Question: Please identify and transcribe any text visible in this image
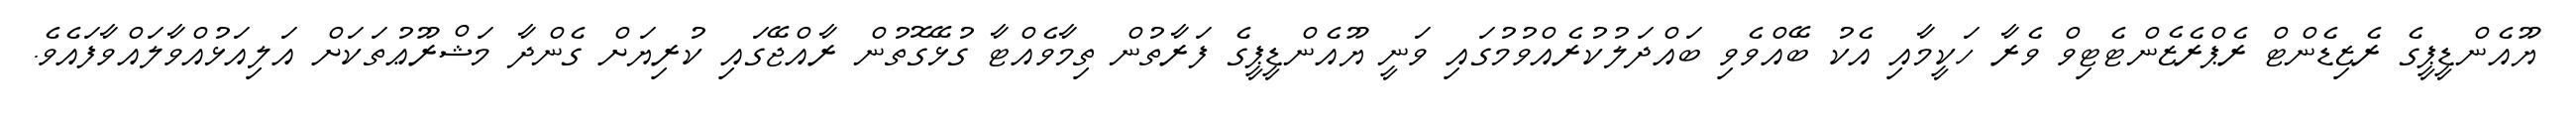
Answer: ޔޫއެންޑީޕީގެ ރެޒިޑެންޓް ރެޕްރެޒެންޓެޓިވް ވެރާ ހަކީމާއި އެކު ބޭއްވެވި ބައްދަލުކުރެއްވުމުގައި ވަނީ ޔޫއެންޑީޕީގެ ފަރާތުން ތިމާވެއްޓާ ގުޅޭގޮތުން ރާއްޖޭގައި ކުރިޔަށް ގެންދާ މަޝްރޫޢުތަކަށް އަލިއަޅުއްވާލައްވާފައެވެ.